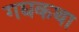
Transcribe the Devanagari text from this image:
गद्यकथा